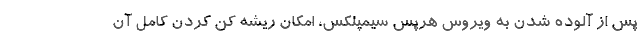
پس از آلوده شدن به ویروس هرپس سیمپلکس، امکان ریشه کن کردن کامل آن